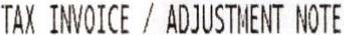
TAX INVOICE / ADJUSTMENT NOTE